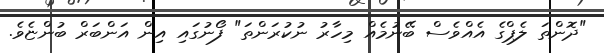
"ދޮންތަ ލެޕްގެ އެއްވެސް ބޭނުމެއް މިހާރު ނުކުރަންތަ" ފޯނުގައި އިން އަންބަރް ބުންޏެވެ.